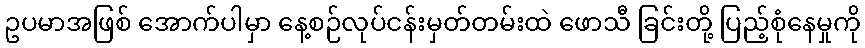
ဥပမာအဖြစ် အောက်ပါမှာ နေ့စဉ်လုပ်ငန်းမှတ်တမ်းထဲ ဖောသီ ခြင်းတို့ ပြည့်စုံနေမှုကို